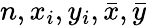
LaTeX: n,x_{i},y_{i},{\bar{x}},{\bar{y}}